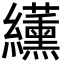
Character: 䌲